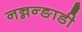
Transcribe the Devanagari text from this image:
नन्नन्ङाडी